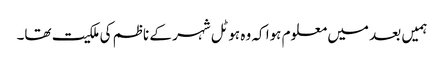
ہمیں بعد میں معلوم ہوا کہ وہ ہوٹل شہر کے ناظم کی ملکیت تھا۔